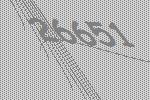
26651